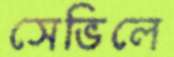
সেভিলে